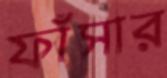
ফাঁসার